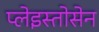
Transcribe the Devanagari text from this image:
प्लेइस्तोसेन